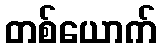
တစ်ယောက်